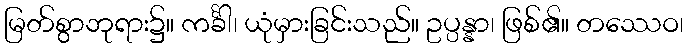
မြတ်စွာဘုရား၌။ ကင်္ခါ၊ ယုံမှားခြင်းသည်။ ဥပ္ပန္နာ၊ ဖြစ်၏။ တဿေဝ၊